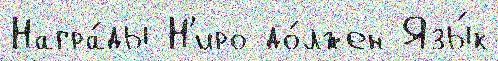
Награ́ды Н'иро до́лжен Язы́к